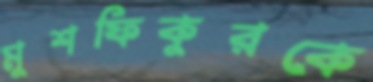
মুশফিকুরকে